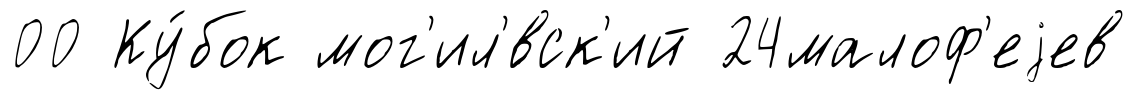
00 Ку́бок мог'ил'́вск'ий 24малоф'еjев